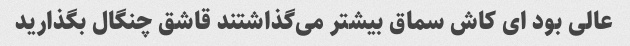
عالی بود ای کاش سماق بیشتر می‌گذاشتند قاشق چنگال بگذارید